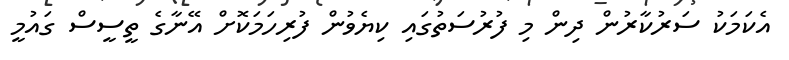
އެކަމަކު ސަރުކާރުން ދިން މި ފުރުސަތުގައި ކިޔެވުން ފުރިހަމަކޮށް އޭނާގެ ތީސީސް ގައުމީ